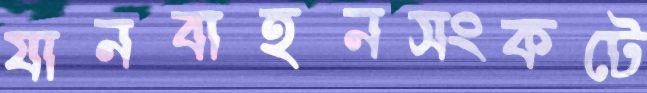
যানবাহনসংকটে